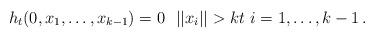
LaTeX: \begin{align*} h_t(0,x_1,\dots,x_{k-1}) = 0 \ \ ||x_i|| > kt \ i=1,\dots,k-1\,.\end{align*}